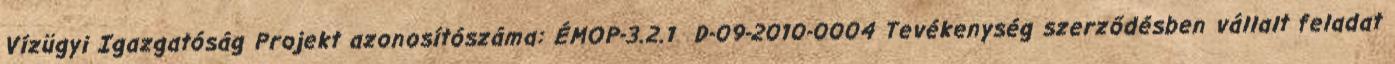
Vízügyi Igazgatóság Projekt azonosítószáma: ÉMOP-3.2.1 D-09-2010-0004 Tevékenység szerződésben vállalt feladat